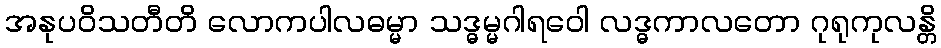
အနုပဝိသတီတိ လောကပါလဓမ္မာ သဒ္ဓမ္မဂါရဝေါ လဒ္ဓကာလတော ဂုရုကုလန္တိ